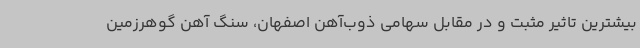
بیشترین تاثیر مثبت و در مقابل سهامی ذوب‌آهن اصفهان، سنگ آهن گوهرزمین